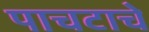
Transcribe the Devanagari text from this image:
पाचटाचे